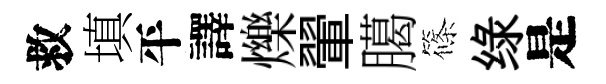
救填平譯爍翬臈篠绿是